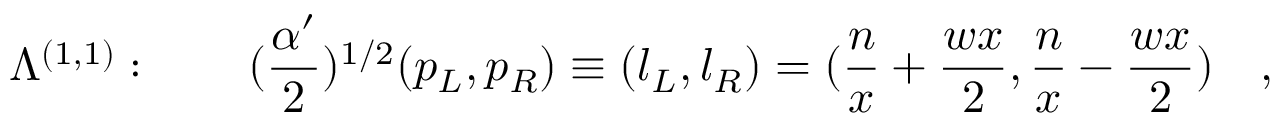
\Lambda ^ { ( 1 , 1 ) } : \quad \quad ( { \frac { \alpha ^ { \prime } } { 2 } } ) ^ { 1 / 2 } ( p _ { L } , p _ { R } ) \equiv ( l _ { L } , l _ { R } ) = ( { \frac { n } { x } } + { \frac { w x } { 2 } } , { \frac { n } { x } } - { \frac { w x } { 2 } } ) \quad ,